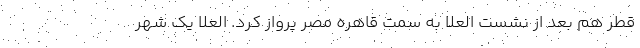
قطر هم بعد از نشست العلا به سمت قاهره مصر پرواز کرد. العلا یک شهر